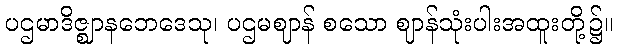
ပဌမာဒိဇ္ဈာနဘေဒေသု၊ ပဌမဈာန် စသော ဈာန်သုံးပါးအထူးတို့၌။